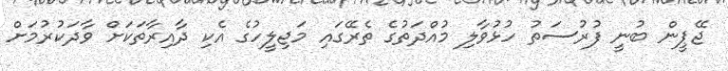
ޖޭޕީން ބުނީ ފުރުސަތު ހުޅުވާލި މުއްދަތުގެ ތެރޭގައި މަޖިލީހުގެ އެކި ދާއިރާތަކަށް ވާދަކުރުމަށް